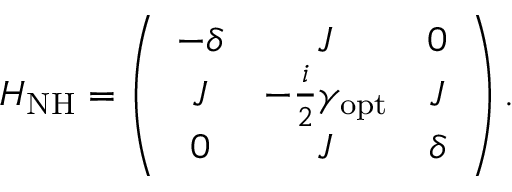
H _ { \mathrm { N H } } = \left( \begin{array} { c c c } { - \delta } & { J } & { 0 } \\ { J } & { - \frac { i } { 2 } \gamma _ { \mathrm { o p t } } } & { J } \\ { 0 } & { J } & { \delta } \end{array} \right) .